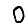
Digit: 0